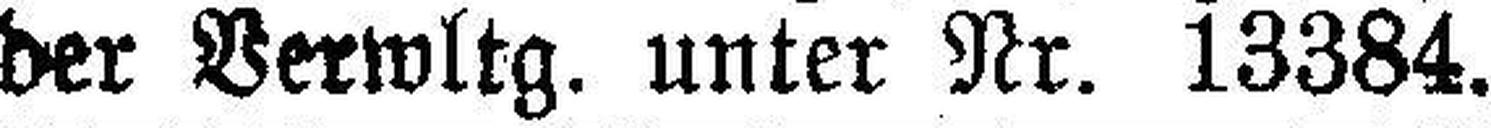
der Verwltg. unter Nr. 13384.